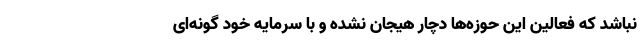
نباشد که فعالین این حوزه‌ها دچار هیجان نشده و با سرمایه خود گونه‌ای